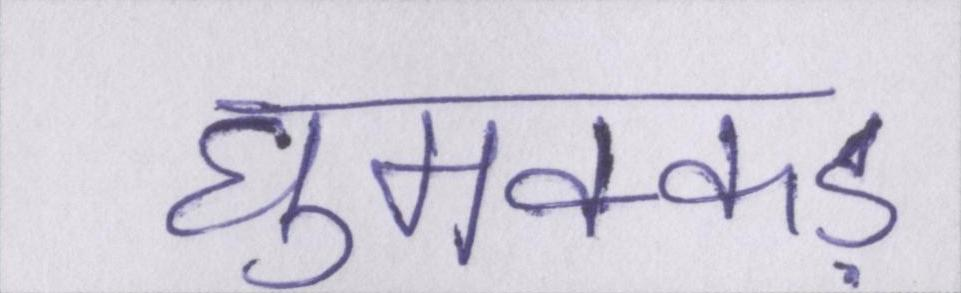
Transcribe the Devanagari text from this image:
घुमक्कड़